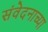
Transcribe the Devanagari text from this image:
संवेदनाच्या